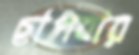
ছাপবার